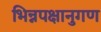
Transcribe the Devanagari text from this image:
भिन्नपक्षानुगण